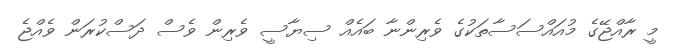
މީ ރާއްޖޭގެ މުއައްސަސާތަކުގެ ވެރިންނާ ބައެއް ސިޔާސީ ވެރިން ވެސް ދަސްކުރަން ވެއްޖެ